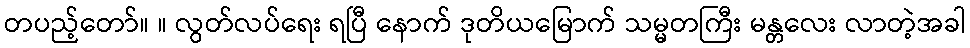
တပည့်တော်။ ။ လွတ်လပ်ရေး ရပြီ နောက် ဒုတိယမြောက် သမ္မတကြီး မန္တလေး လာတဲ့အခါ